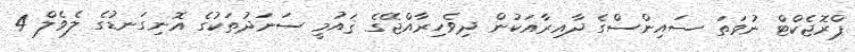
ޕްރޮޖެކްޓް ނުވަތަ ސައިންސްގެ ދާއިރާއަކުން ދިވެހިރާއްޖޭގެ ޤައުމީ ސަނަދުތަކުގެ އޮނިގަނޑުގެ ލެވެލް 4